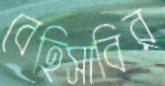
বেহিসাবির